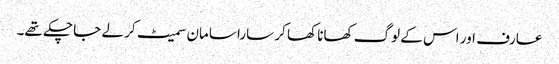
عارف اور اس کے لوگ کھانا کھا کر سارا سامان سمیٹ کر لے جا چکے تھے۔